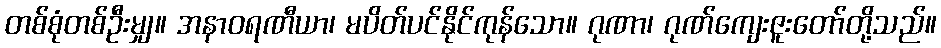
တစ်စုံတစ်ဦးမျှ။ အနာဝရဏီယာ၊ မပိတ်ပင်နိုင်ကုန်သော။ ဂုဏာ၊ ဂုဏ်ကျေးဇူးတော်တို့သည်။